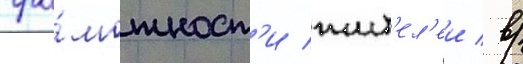
гра́мотност'и жит'ел'еи / в